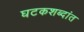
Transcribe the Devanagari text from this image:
घटकशब्दांत